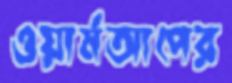
ওয়ার্মআপের